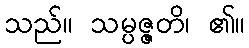
သည်။ သမ္ပဇ္ဇတိ၊ ၏။